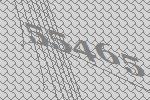
55465